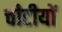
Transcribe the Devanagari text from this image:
चीटीयों